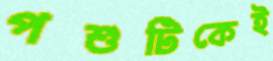
পশুটিকেই